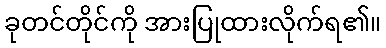
ခုတင်တိုင်ကို အားပြုထားလိုက်ရ၏။